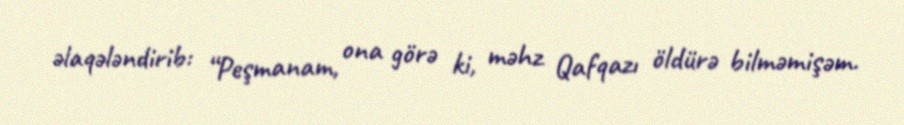
əlaqələndirib: “Peşmanam, ona görə ki, məhz Qafqazı öldürə bilməmişəm.